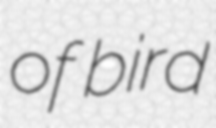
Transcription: of bird